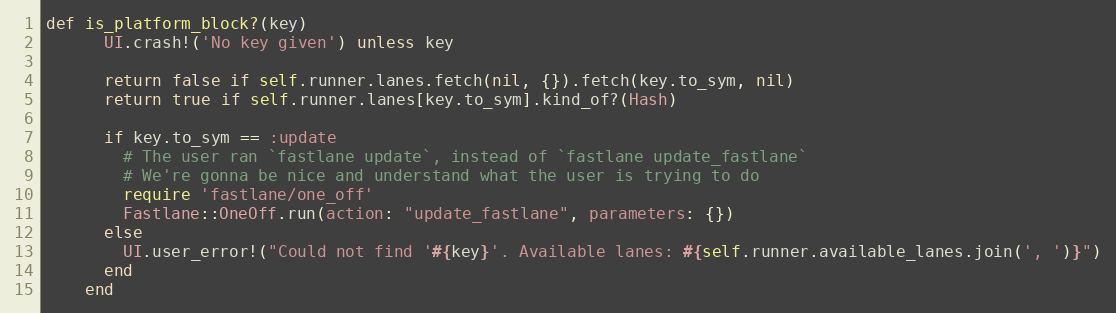
Language: Ruby
def is_platform_block?(key)
      UI.crash!('No key given') unless key

      return false if self.runner.lanes.fetch(nil, {}).fetch(key.to_sym, nil)
      return true if self.runner.lanes[key.to_sym].kind_of?(Hash)

      if key.to_sym == :update
        # The user ran `fastlane update`, instead of `fastlane update_fastlane`
        # We're gonna be nice and understand what the user is trying to do
        require 'fastlane/one_off'
        Fastlane::OneOff.run(action: "update_fastlane", parameters: {})
      else
        UI.user_error!("Could not find '#{key}'. Available lanes: #{self.runner.available_lanes.join(', ')}")
      end
    end